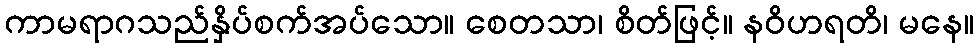
ကာမရာဂသည်နှိပ်စက်အပ်သော။ စေတသာ၊ စိတ်ဖြင့်။ နဝိဟရတိ၊ မနေ။